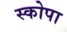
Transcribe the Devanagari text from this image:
स्कोपा